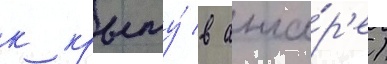
к крылу́ в анга́р'е)